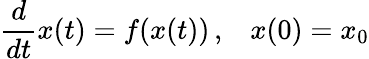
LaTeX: {\frac{d}{dt}}x(t)=f(x(t))\, \mathrm{,}\quad x(0)=x_{0}